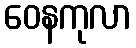
ဝေနကုလာ